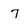
Character: 7